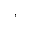
,